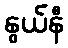
နွယ်နီ